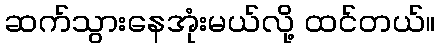
ဆက်သွားနေအုံးမယ်လို့ ထင်တယ်။